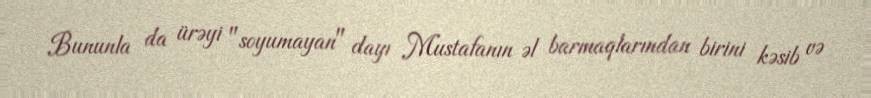
Bununla da ürəyi "soyumayan" dayı Mustafanın əl barmaqlarından birini kəsib və